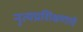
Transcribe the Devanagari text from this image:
नृत्यप्रशिक्षणाचे